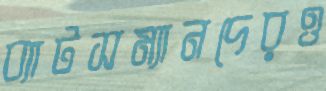
ব্যাটসম্যানদেরও